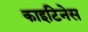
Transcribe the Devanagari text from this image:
काइटिनेस